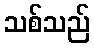
သစ်သည်